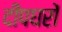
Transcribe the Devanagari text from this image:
दीपघरों